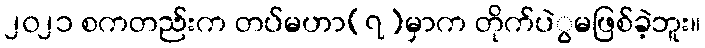
၂၀၂၁ စကတည်းက တပ်မဟာ(၇)မှာက တိုက်ပဲွမဖြစ်ခဲ့ဘူး။